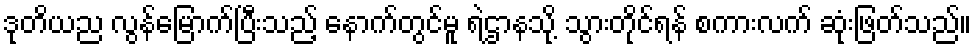
ဒုတိယည လွန်မြောက်ပြီးသည့် နောက်တွင်မူ ရဲဌာနသို့ သွားတိုင်ရန် စကားလက် ဆုံးဖြတ်သည်။